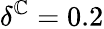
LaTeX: \delta^{\mathbb{C}}=0.2